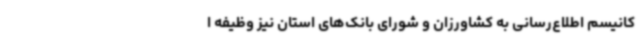
کانیسم اطلاع‌رسانی به کشاورزان و شورای بانک‌های استان نیز وظیفه ا